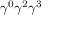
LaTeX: \gamma ^ { 0 } \gamma ^ { 2 } \gamma ^ { 3 }